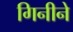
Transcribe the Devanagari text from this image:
गिनीने